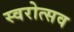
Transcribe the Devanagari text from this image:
स्वरोत्सव